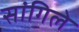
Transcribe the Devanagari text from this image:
सांगिले